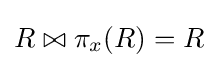
R\bowtie \pi _{x}(R)=R